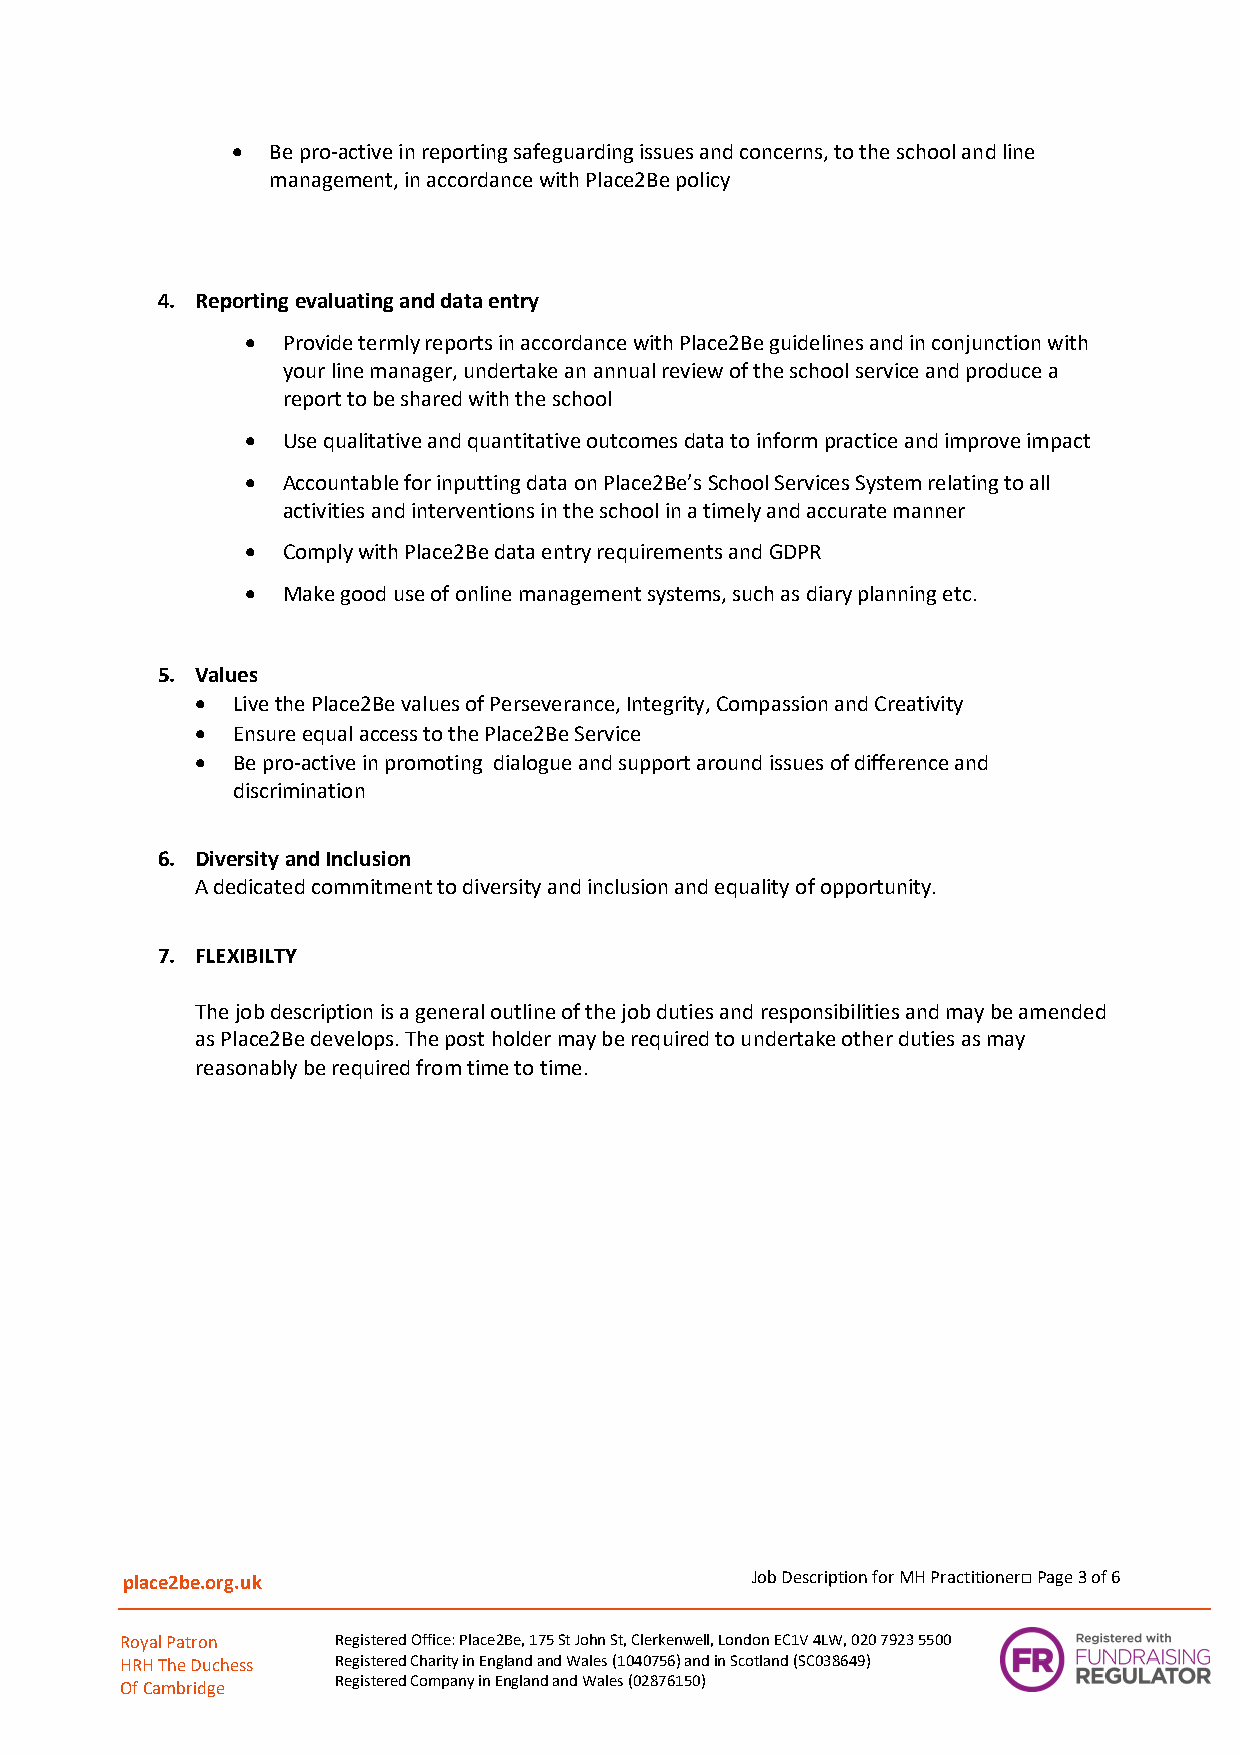
•  Be pro-active in reporting safeguarding issues and concerns, to the school and line
 management, in accordance with Place2Be policy
 4. Reporting evaluating and data entry
 •  Provide termly reports in accordance with Place2Be guidelines and in conjunction with
 your line manager, undertake an annual review of the school service and produce a
 report to be shared with the school
 •  Use qualitative and quantitative outcomes data to inform practice and improve impact
 •  Accountable for inputting data on Place2Be’s School Services System relating to all
 activities and interventions in the school in a timely and accurate manner
 •  Comply with Place2Be data entry requirements and GDPR
 •  Make good use of online management systems, such as diary planning etc.
 5. Values
 • Live the Place2Be values of Perseverance, Integrity, Compassion and Creativity
 • Ensure equal access to the Place2Be Service
 • Be pro-active in promoting dialogue and support around issues of difference and
 discrimination
 6. Diversity and Inclusion
 A dedicated commitment to diversity and inclusion and equality of opportunity.
 7. FLEXIBILTY
 The job description is a general outline of the job duties and responsibilities and may be amended
 as Place2Be develops. The post holder may be required to undertake other duties as may
 reasonably be required from time to time.
 place2be.org.uk                           Job Description for MH Practitioner□ Page 3 of 6
 Royal Patron  Registered Office: Place2Be, 175 St John St, Clerkenwell, London EC1V 4LW, 020 7923 5500
 HRH The Duchess Registered Charity in England and Wales (1040756) and in Scotland (SC038649)
 Of Cambridge
 Registered Company in England and Wales (02876150)